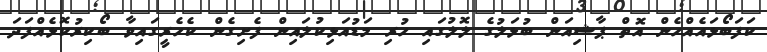
ކަފަބޯޅައެއްހެން އޮތް ޕާޝިއަން ބުޅަލުގެ ލޮލުގައި ހުރި މަޑުއަޅިކުލައިން ފެށިގެން ކެހެރީގައިވާ ބޯކިރުކޮޅެއްފަދަ